Indian journal of veterinary science and animal husbandry - Volume 1,
Year: 1931
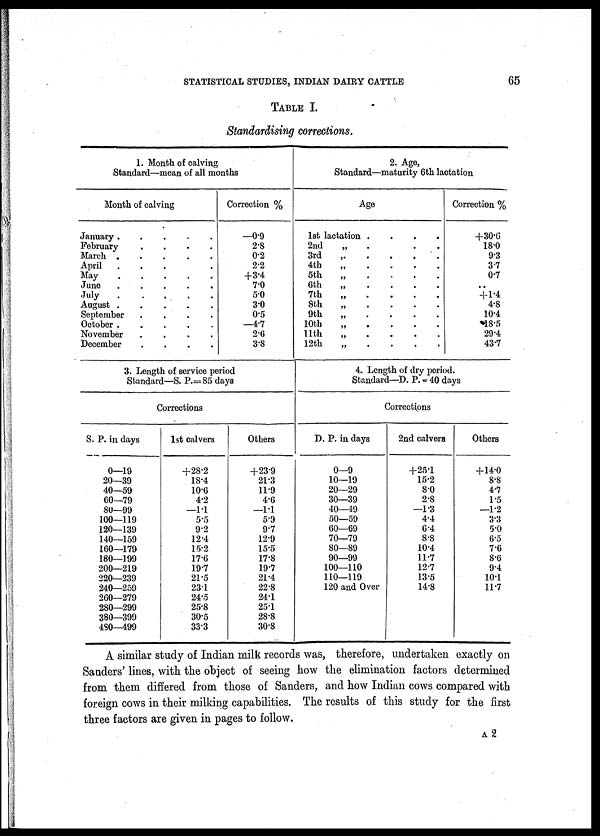
STATISTICAL STUDIES, INDIAN DAIRY CATTLE
65
TABLE I.
Standardising corrections.
1. Month of calving
Standard—mean of all months
Month of calving
January .
February
March .
April
May
June
July
.
August .
September
October .
November
December
.
.
.
.
.
.
.
.
.
.
.
.
.
.
.
.
.
.
.
.
.
.
.
.
Correction %
—0.9
2.8
0.2
2.2
+3.4
7.0
5.0
3.0
0.5
—4.7
2.6
3.8
2. Age,
Standard—maturity 6th lactation
Age
1st lactation
2nd
3rd
4th
5th
6th
7th
8th
9th
10th
11th
12th
.
.
.
.
.
.
.
.
.
.
.
.
.
.
.
.
.
.
.
.
.
.
.
.
Correction %
+30.6
18.0
9.3
3.7
0.7
..
+1.4
4.8
10.4
18.5
29.4
43.7
3. Length of service period
Standard—S. P.=85 days
Corrections
S. P. in days
0—19
20—39
40—59
60—79
80—99
100—119
120—139
140—159
160—179
180—199
200—219
220—239
240—259
260—279
280—299
380—399
480—499
1st calvers
+28.2
18.4
10.6
4.2
—1.1
5.5
9.2
12.4
15.2
17.6
19.7
21.5
23.1
24.5
25.8
30.5
33.3
Others
+23.9
21.3
11.9
4.6
—1.1
5.9
9.7
12.9
15.5
17.8
19.7
21.4
22.8
24.1
25.1
28.8
30.8
4. Length of dry period.
Standard—D. P. = 40 days
Corrections
D. P. in days
0—9
10—19
20—29
30—39
40—49
50—59
60—69
70—79
80—89
90—99
100—110
110—119
120 and Over
2nd calvers
+25.1
15.2
8.0
2.8
—1.3
4.4
6.4
8.8
10.4
11.7
12.7
13.5
14.8
Others
+14.0
8.8
4.7
1.5
—1.2
3.3
5.0
6.5
7.6
8.6
9.4
10.1
11.7
A similar study of Indian milk records was, therefore, undertaken exactly on
Sanders' lines, with the object of seeing how the elimination factors determined
from them differed from those of Sanders, and how Indian cows compared with
foreign cows in their milking capabilities. The results of this study for the first
three factors are given in pages to follow.
A 2